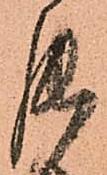
罷